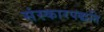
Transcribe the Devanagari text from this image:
संस्कारपद्धति